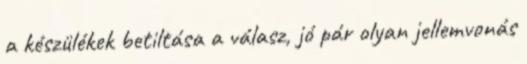
a készülékek betiltása a válasz, jó pár olyan jellemvonás